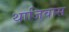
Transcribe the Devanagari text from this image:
थाजिवास